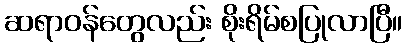
ဆရာဝန်တွေလည်း စိုးရိမ်စပြုလာပြီ။